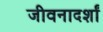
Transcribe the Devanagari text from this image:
जीवनादर्शां